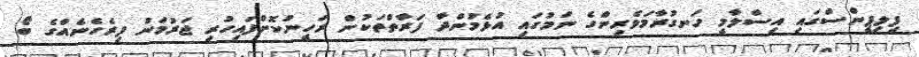
ފިލިޕީންސްގައި އިސްލާމީ ހަނގުރާމަވެރިންގެ ނަމުގައި އުޅެމުންދާ ފަރާތްތަކުން ރަހީނުކޮށްފައިހުރި ޖަރުމަނު ފިރެހެނެއްގެ ބޯ